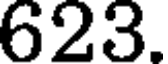
623.